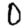
Digit: 0